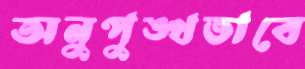
অনুপুঙ্খভাবে